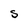
Character: S